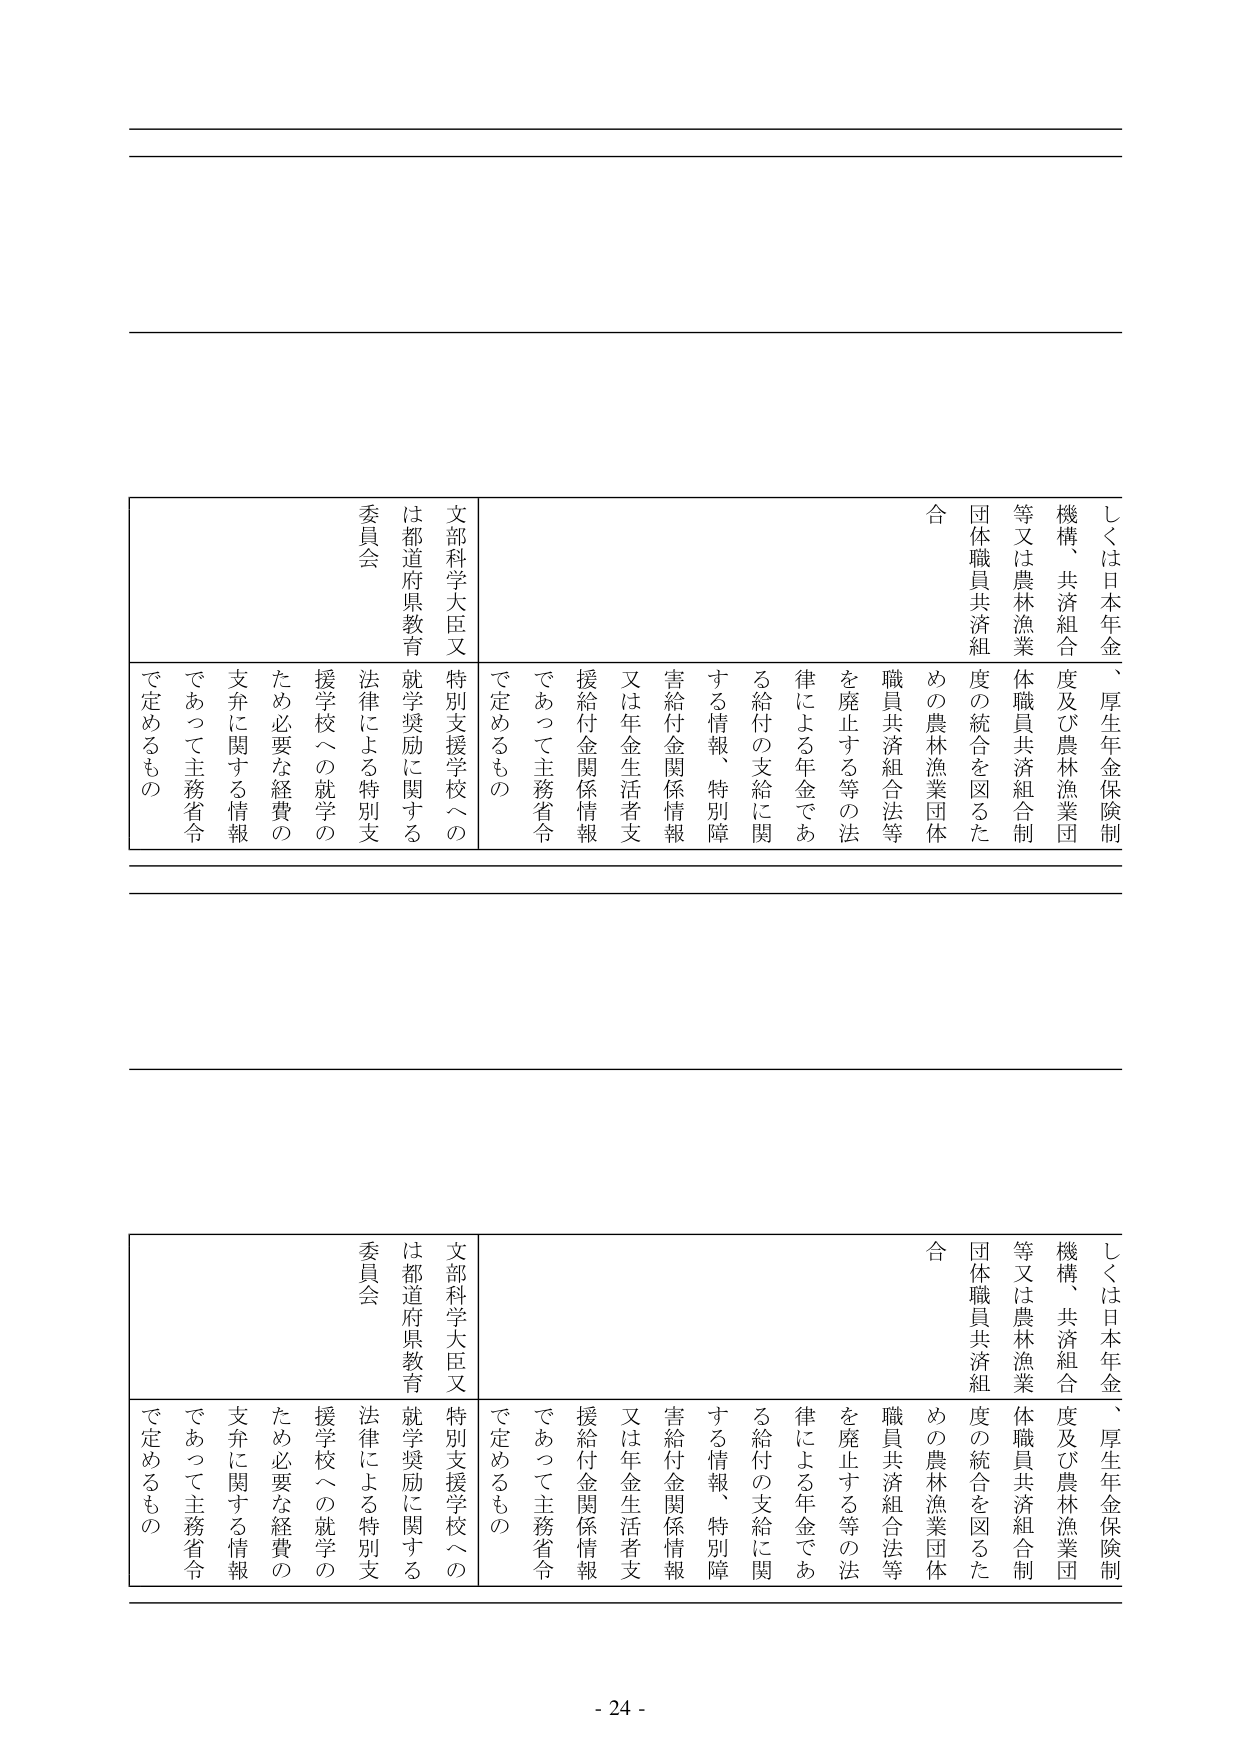
しくは日本年金、厚生年金保険制
機構、共済組合度及び農林漁業団
等又は農林漁業体職員共済組合制
団体職員共済組度の統合を図るた
めの農林漁業団体
合
職員共済組合法等
を廃止する等の法
律による年金であ
る給付の支給に関
する情報、特別障
害給付金関係情報
又は年金生活者支
援給付金関係情報
であって主務省令
で定めるもの
文部科学大臣又
は都道府県教育
委員会
特別支援学校への
就学奨励に関する
法律による特別支
援学校への就学の
ため必要な経費の
支弁に関する情報
であって主務省令
で定めるもの

しくは日本年金、厚生年金保険制
機構、共済組合度及び農林漁業団
等又は農林漁業体職員共済組合制
団体職員共済組度の統合を図るた
めの農林漁業団体
合
職員共済組合法等
を廃止する等の法
律による年金であ
る給付の支給に関
する情報、特別障
害給付金関係情報
又は年金生活者支
援給付金関係情報
であって主務省令
で定めるもの
文部科学大臣又
は都道府県教育
委員会
特別支援学校への
就学奨励に関する
法律による特別支
援学校への就学の
ため必要な経費の
支弁に関する情報
であって主務省令
で定めるもの

- 24 -